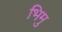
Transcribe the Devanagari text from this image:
भिमु